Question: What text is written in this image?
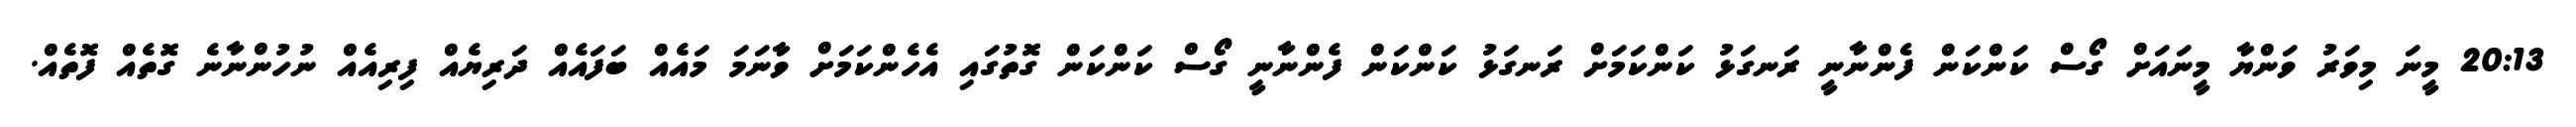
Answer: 20:13 މީނަ މިވަރު ވަންޔާ މީނައަށް ގޯސް ކަންކަން ފެންނާނީ ރަނގަޅު ކަންކަމަށް ރަނގަޅު ކަންކަން ފެންނާނީ ގޯސް ކަންކަން ގޮތުގައި އެހެންކަމަށް ވާނަމަ މައެއް ބަފައެއް ދަރިޔެއް ފިރިއެއް ނުހުންނާނެ ގޮތެއް ފޮތެއް.